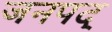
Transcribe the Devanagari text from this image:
जनपद्